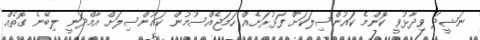
ނަޝީދު ވިދާޅުވީ ކޮންމެ ކައުންސިލަކަށް ފަޅުރަށެއް ހަމަޖެއްސުމުން ކައުންސިލަށް އާމްދަނީ ލިބޭނެ ގޮތެއް